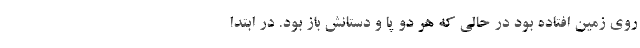
روی زمین افتاده بود در حالی که هر دو پا و دستانش باز بود. در ابتدا